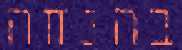
בהנחה